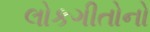
લોકગીતોનો